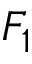
F _ { 1 }